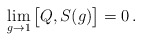
\begin{align*}\lim_{g \to 1}\big[ Q, S(g)\big]=0 \, .\end{align*}